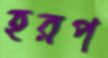
হরপ